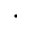
\cdot